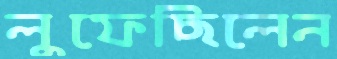
লুফেছিলেন